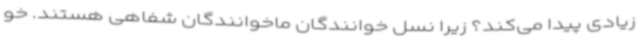
زیادی پیدا می‌کند؟ زیرا نسل خوانندگان ماخوانندگان شفاهی هستند. خو